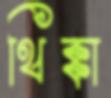
থিক্কা